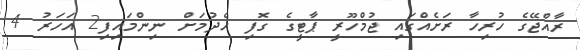
ރާއްޖޭގެ ހުރިހާ ރަށެއްގައި ޖުމްހޫރީ ޕާޓީގެ ގޮފި ހެދުމަށް ނިންމައިފި2 އަހަރު 4